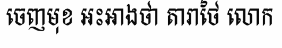
ចេញមុខ អះអាងថា តារាថៃ លោក